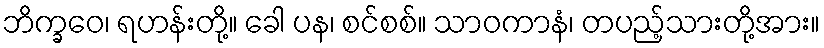
ဘိက္ခဝေ၊ ရဟန်းတို့။ ခေါ ပန၊ စင်စစ်။ သာဝကာနံ၊ တပည့်သားတို့အား။